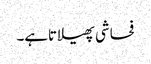
فحاشی پھیلاتاہے۔